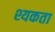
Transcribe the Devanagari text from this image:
श्यकता